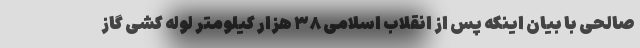
صالحی با بیان اینکه پس از انقلاب اسلامی ۳۸ هزار کیلومتر لوله کشی گاز